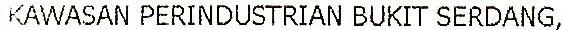
KAWASAN PERINDUSTRIAN BUKIT SERDANG,